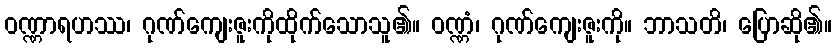
ဝဏ္ဏာရဟဿ၊ ဂုဏ်ကျေးဇူးကိုထိုက်သောသူ၏။ ဝဏ္ဏံ၊ ဂုဏ်ကျေးဇူးကို။ ဘာသတိ၊ ပြောဆို၏။